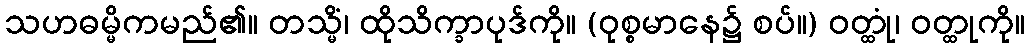
သဟဓမ္မိကမည်၏။ တသ္မိံ၊ ထိုသိက္ခာပုဒ်ကို။ (ဝုစ္စမာနေ၌ စပ်။) ဝတ္ထုံ၊ ဝတ္ထုကို။